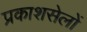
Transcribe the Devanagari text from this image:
प्रकाशसेलों